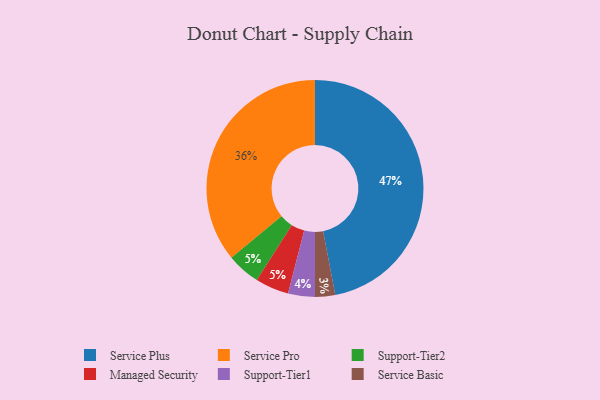
{"axis": {"x": "Category", "y": "Percentage"}, "legend": ["Managed Security", "Service Basic", "Service Plus", "Service Pro", "Support-Tier1", "Support-Tier2"], "data": [{"x": "Support-Tier2", "y": 5, "type": "Support-Tier2"}, {"x": "Service Plus", "y": 47, "type": "Service Plus"}, {"x": "Service Pro", "y": 36, "type": "Service Pro"}, {"x": "Service Basic", "y": 3, "type": "Service Basic"}, {"x": "Support-Tier1", "y": 4, "type": "Support-Tier1"}, {"x": "Managed Security", "y": 5, "type": "Managed Security"}]}